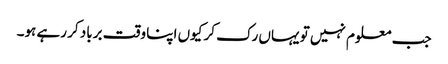
جب معلوم نہیں تو یہاں رک کر کیوں اپنا وقت برباد کر رہے ہو۔